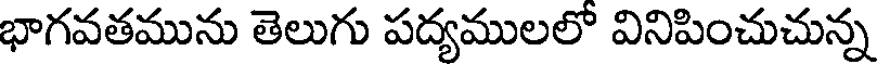
భాగవతమును తెలుగు పద్యములలో వినిపించుచున్న